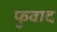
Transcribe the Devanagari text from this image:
फुवाद